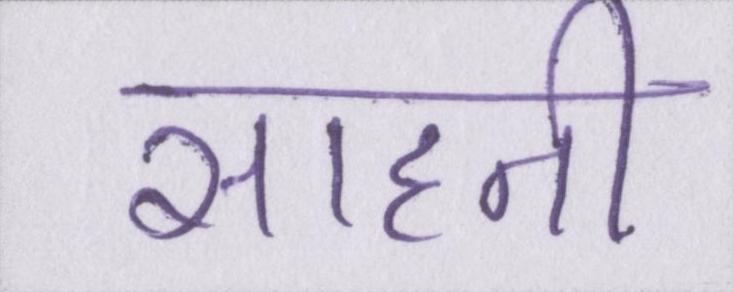
साहनी